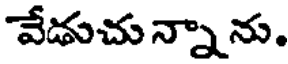
వేడుచు న్నా ను.